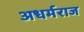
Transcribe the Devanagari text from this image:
अधर्मराज